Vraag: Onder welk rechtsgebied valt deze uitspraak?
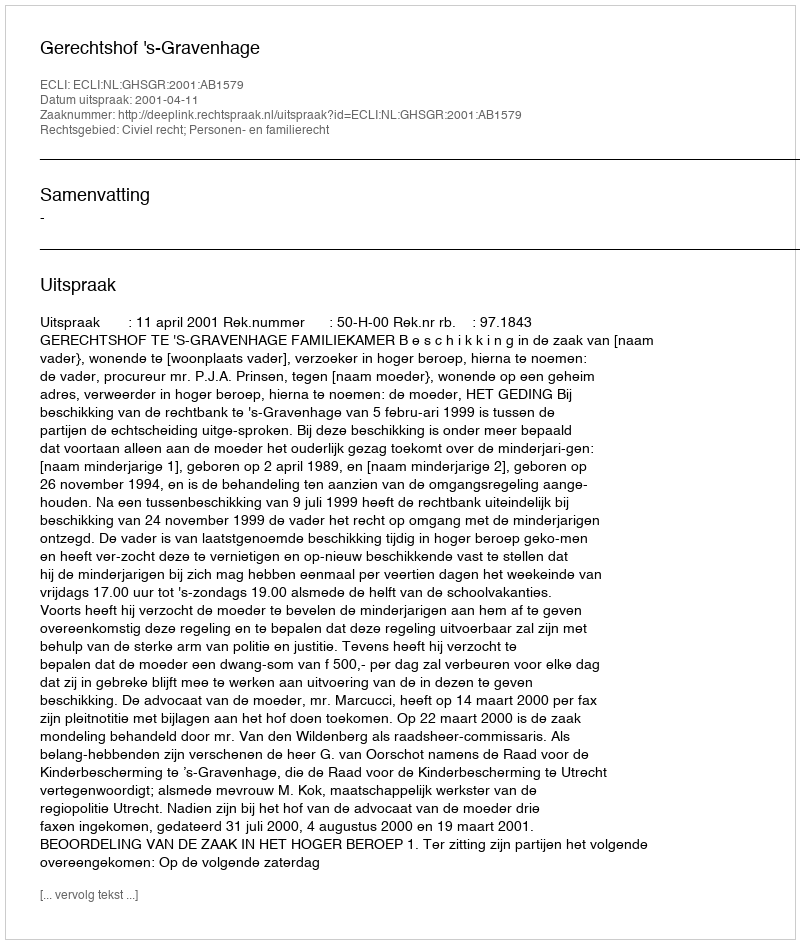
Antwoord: Civiel recht; Personen- en familierecht